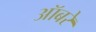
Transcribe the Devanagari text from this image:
ऑबरे